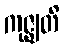
ကုဇ္ဈတိ